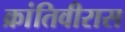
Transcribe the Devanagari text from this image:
क्रांतिवीरास